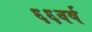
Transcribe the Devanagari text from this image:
६६वर्ष